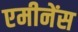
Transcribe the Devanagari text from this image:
एमीनेंस